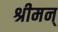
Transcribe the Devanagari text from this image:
श्रीमन्